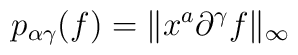
p_{\alpha\gamma}(f)=\Vert x^{a}\partial^{\gamma}f\Vert_{\infty}